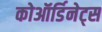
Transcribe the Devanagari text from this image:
कोऑर्डिनेट्स